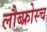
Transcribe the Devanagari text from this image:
लौब्फ्रोस्च